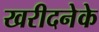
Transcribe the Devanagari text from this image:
खरीदनेके